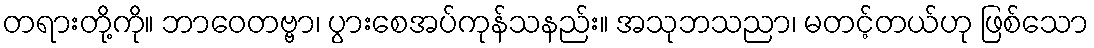
တရားတို့ကို။ ဘာဝေတဗ္ဗာ၊ ပွားစေအပ်ကုန်သနည်း။ အသုဘသညာ၊ မတင့်တယ်ဟု ဖြစ်သော